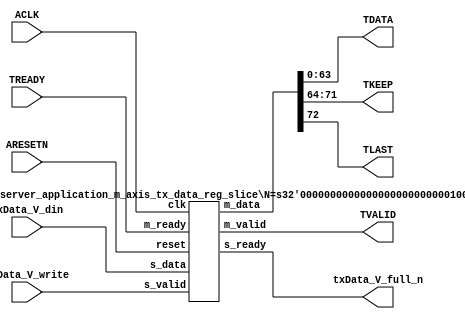
// ==============================================================
// File generated by Vivado(TM) HLS - High-Level Synthesis from C, C++ and SystemC
// Version: 2015.1
// Copyright (C) 2015 Xilinx Inc. All rights reserved.
// 
// ==============================================================


`timescale 1ns/1ps

module echo_server_application_m_axis_tx_data_if (
    // AXI4-Stream singals
    input  wire        ACLK,
    input  wire        ARESETN,
    output wire        TVALID,
    input  wire        TREADY,
    output wire [63:0] TDATA,
    output wire [7:0]  TKEEP,
    output wire [0:0]  TLAST,
    // User signals
    input  wire [72:0] txData_V_din,
    output wire        txData_V_full_n,
    input  wire        txData_V_write
);
//------------------------Local signal-------------------
// register slice
wire [0:0]  s_valid;
wire [0:0]  s_ready;
wire [72:0] s_data;
wire [0:0]  m_valid;
wire [0:0]  m_ready;
wire [72:0] m_data;

//------------------------Instantiation------------------
// rs
echo_server_application_m_axis_tx_data_reg_slice #(
    .N       ( 73 )
) rs (
    .clk     ( ACLK ),
    .reset   ( ARESETN ),
    .s_data  ( s_data ),
    .s_valid ( s_valid ),
    .s_ready ( s_ready ),
    .m_data  ( m_data ),
    .m_valid ( m_valid ),
    .m_ready ( m_ready )
);

//------------------------Body---------------------------
// AXI4-Stream
assign TVALID          = m_valid;
assign TDATA           = m_data[63:0];
assign TKEEP           = m_data[71:64];
assign TLAST           = m_data[72:72];
// Register Slice
assign s_valid         = txData_V_write;
assign m_ready         = TREADY;
assign s_data          = txData_V_din;
// User Signal
assign txData_V_full_n = s_ready;

endmodule



`timescale 1ns/1ps

module echo_server_application_m_axis_tx_data_reg_slice
#(parameter
    N = 8   // data width
) (
    // system signals
    input  wire         clk,
    input  wire         reset,
    // slave side
    input  wire [N-1:0] s_data,
    input  wire         s_valid,
    output wire         s_ready,
    // master side
    output wire [N-1:0] m_data,
    output wire         m_valid,
    input  wire         m_ready
);
//------------------------Parameter----------------------
// state
localparam [1:0]
    ZERO = 2'b10,
    ONE  = 2'b11,
    TWO  = 2'b01;
//------------------------Local signal-------------------
reg  [N-1:0] data_p1;
reg  [N-1:0] data_p2;
wire         load_p1;
wire         load_p2;
wire         load_p1_from_p2;
reg          s_ready_t;
reg  [1:0]   state;
reg  [1:0]   next;
//------------------------Body---------------------------
assign s_ready = s_ready_t;
assign m_data  = data_p1;
assign m_valid = state[0];

assign load_p1 = (state == ZERO && s_valid) ||
                 (state == ONE && s_valid && m_ready) ||
                 (state == TWO && m_ready);
assign load_p2 = s_valid & s_ready;
assign load_p1_from_p2 = (state == TWO);

// data_p1
always @(posedge clk) begin
    if (load_p1) begin
        if (load_p1_from_p2)
            data_p1 <= data_p2;
        else
            data_p1 <= s_data;
    end
end

// data_p2
always @(posedge clk) begin
    if (load_p2) data_p2 <= s_data;
end

// s_ready_t
always @(posedge clk) begin
    if (~reset)
        s_ready_t <= 1'b0;
    else if (state == ZERO)
        s_ready_t <= 1'b1;
    else if (state == ONE && next == TWO)
        s_ready_t <= 1'b0;
    else if (state == TWO && next == ONE)
        s_ready_t <= 1'b1;
end

// state
always @(posedge clk) begin
    if (~reset)
        state <= ZERO;
    else
        state <= next;
end

// next
always @(*) begin
    case (state)
        ZERO:
            if (s_valid & s_ready)
                next = ONE;
            else
                next = ZERO;
        ONE:
            if (~s_valid & m_ready)
                next = ZERO;
            else if (s_valid & ~m_ready)
                next = TWO;
            else
                next = ONE;
        TWO:
            if (m_ready)
                next = ONE;
            else
                next = TWO;
        default:
            next = ZERO;
    endcase
end

endmodule